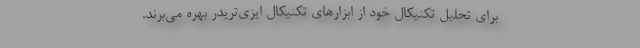
برای تحلیل تکنیکال خود از ابزارهای تکنیکال ایزی‌تریدر بهره می‌برند.